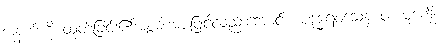
အနက်ကို ထုတ်ခြင်း၏အစွမ်းအားဖြင့်လည်းကောင်း။ ပဒုဒ္ဓါရဝသေန ဝါ၊ ပုဒ်ကို